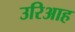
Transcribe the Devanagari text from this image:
उरिआह